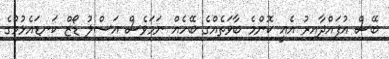
ބޭސް އުފައްދާއިރު އެއީ ކޮންމެ ބާވަތެއްގެ ބޭހެއް ނަމަވެސް އަސްލު ޑޯޒް ކަނޑައެޅުމުގެ